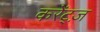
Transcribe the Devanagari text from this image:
करेंट्ज़